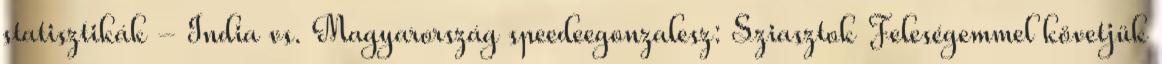
statisztikák - India vs. Magyarország speedeegonzalesz: Sziasztok Feleségemmel követjük